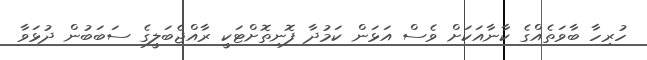
ހުރިހާ ބާވަތެއްގެ ކާނާއަކަށް ވެސް އަޅަން ކަމުދާ ފޮނިތޮށްޓަކީ ރާއްޖެބަލީގެ ސަބަބުން ދުޅަވާ